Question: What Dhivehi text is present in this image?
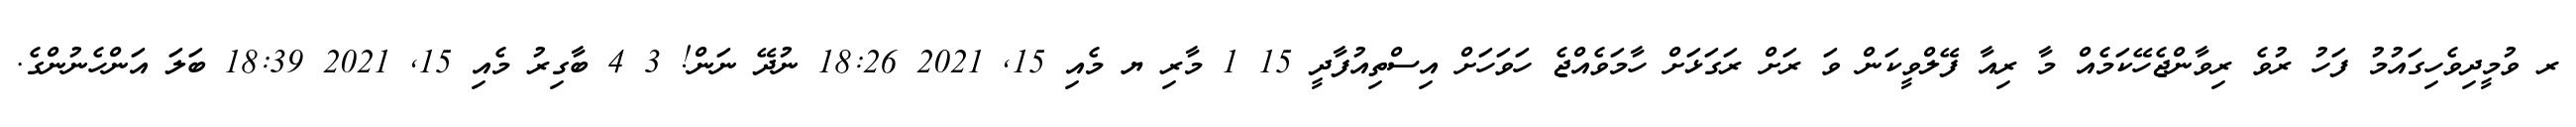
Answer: ރ ވުމީދިވެހިގައުމު ފަހު ރުވެ ރިވާންޖެހޭކަމެއް މާ ރިއާ ފޭލްވީކަން ވަ ރަށް ރަގަޅަށް ހާމަވެއްޖެ ހަވަހަށް އިސްތިއުފާދީ 15 1 މާރި ޔ މެއި 15, 2021 18:26 ނުދޭ ނަން! 3 4 ބާގިރު މެއި 15, 2021 18:39 ބަލަ އަންހެނުންގެ.